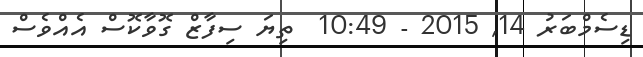
ޑިސެމްބަރު 14